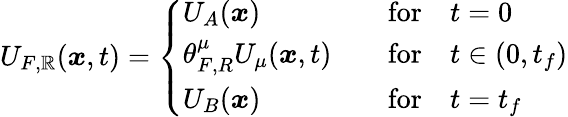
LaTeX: U_{F,\mathbb{R}}({\boldsymbol{x}},t)=\left\{ \begin{array}{ll}{U_{A}({\boldsymbol{x}})}&{\quad\mathrm{for}\quad t=0}\\ {\theta_{F,R}^{\mu}U_{\mu}({\boldsymbol{x}},t)}&{\quad\mathrm{for}\quad t\in(0,t_{f})}\\ {U_{B}({\boldsymbol{x}})}&{\quad\mathrm{for}\quad t=t_{f}}\end{array}\right.